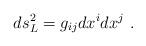
LaTeX: \begin{align*} ds_L^2= g_{ij}dx^idx^j \ .\end{align*}